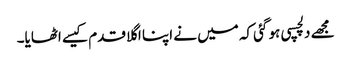
مجھے دلچسپی ہو گئی کہ میں نے اپنا اگلا قدم کیسے اٹھایا۔